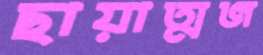
ছায়াত্মজ